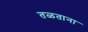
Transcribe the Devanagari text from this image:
तळताना